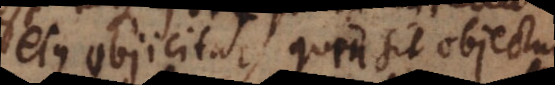
ejus objicitur, quin sit objectum